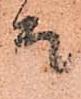
而